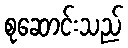
စုဆောင်းသည်